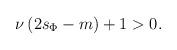
LaTeX: \begin{align*} \nu\left(2s_\Phi-m\right)+1>0.\end{align*}